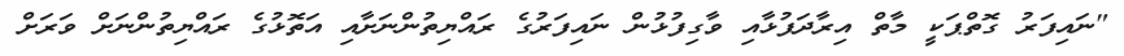
"ނައިފަރު ގޮތްޕަކީ މާތް އިރާދަފުޅާއި ވާގިފުޅުން ނައިފަރުގެ ރައްޔިތުންނަށާއި އަތޮޅުގެ ރައްޔިތުންނަށް ވަރަށް